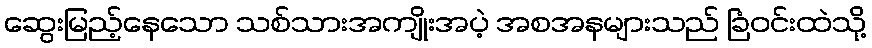
ဆွေးမြည့်နေသော သစ်သားအကျိုးအပဲ့ အစအနများသည် ခြံဝင်းထဲသို့